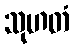
သုဟတံ